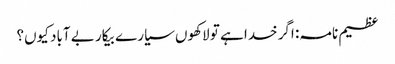
عظیم نامہ: اگر خدا ہے تو لاکھوں سیارے بیکار بے آباد کیوں؟